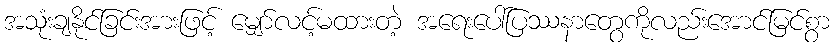
အသုံးချနိုင်ခြင်းအားဖြင့် မျှော်လင့်မထားတဲ့ အရေးပေါ်ပြဿနာတွေကိုလည်းအောင်မြင်စွာ